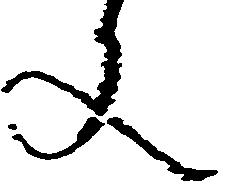
文